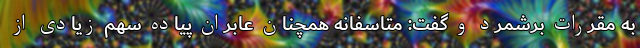
به مقررات برشمرد و گفت: متاسفانه همچنان عابران پیاده سهم زیادی از